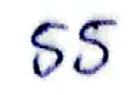
55